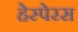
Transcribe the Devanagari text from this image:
हेस्पेरस